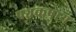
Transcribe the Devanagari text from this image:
पञ्चकषाय